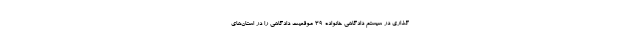
‌گذاری در سیستم دادگاهی خانواده 39 موقعیت دادگاهی را در استان‌های